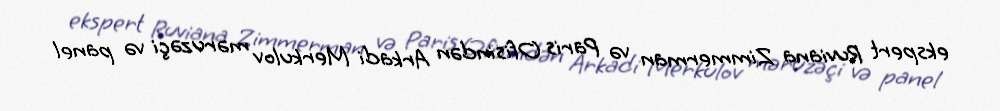
ekspert Ruviana Zimmerman və Paris Ofisindən Arkadi Merkulov məruzəçi və panel